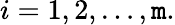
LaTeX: i=1,2,\dots,\mathtt{m}.